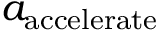
{ a _ { \mathrm { { a c c e l e r a t e } } } }